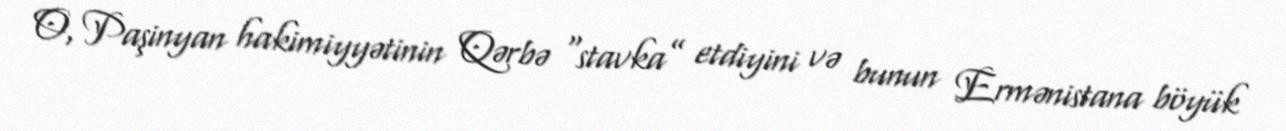
O, Paşinyan hakimiyyətinin Qərbə “stavka” etdiyini və bunun Ermənistana böyük